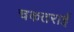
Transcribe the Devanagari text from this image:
चकतराई